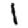
Digit: 1